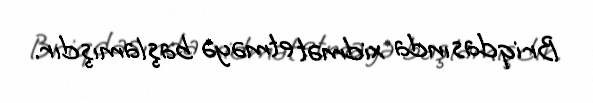
Briqdasında xidmət etməyə başlamışdır.